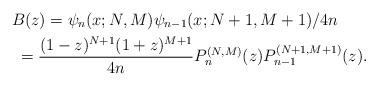
LaTeX: \begin{gather*} B(z) = \psi _{n}(x;N,M) \psi _{n-1}(x;N+1,M+1) /4n \\\hphantom{B(z)}{} =\frac{(1-z) ^{N+1}(1+z) ^{M+1}}{4n}P_{n}^{( N,M) }(z) P_{n-1}^{(N+1,M+1) }(z) .\end{gather*}